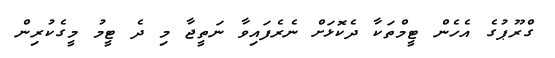
ގްރޫޕުގެ އެހެން ޓީމްތަކާ ދެކޮޅަށް ނެރެފައިވާ ނަތީޖާ މި ދެ ޓީމު މީގެކުރިން